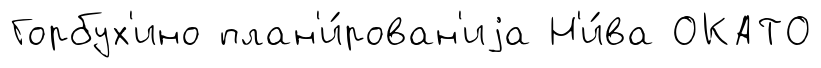
Горбух'ино план'и́рован'иjа Н'и́ва ОКАТО